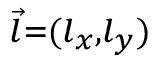
\scriptstyle { \vec { l } } = ( l _ { x } , l _ { y } )